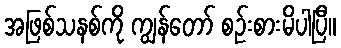
အဖြစ်သနစ်ကို ကျွန်တော် စဉ်းစားမိပါပြီ။